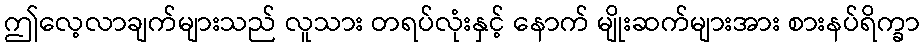
ဤလေ့လာချက်များသည် လူသား တရပ်လုံးနှင့် နောက် မျိုးဆက်များအား စားနပ်ရိက္ခာ